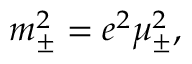
m _ { \pm } ^ { 2 } = e ^ { 2 } \mu _ { \pm } ^ { 2 } ,